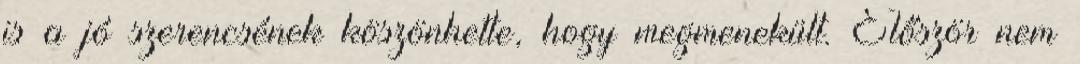
is a jó szerencsének köszönhette, hogy megmenekült. Először nem